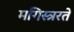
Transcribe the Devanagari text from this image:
मगिस्त्ररते